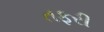
તફરી